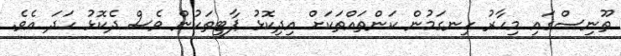
ތޫނިސްގައި މިހާރު ހިނގަމުން ކަންތައްތަކަށް އިދިކޮޅު ޕާޓީތަކުން ވެސް ދެކޮޅު ހަދަ އެވެ.